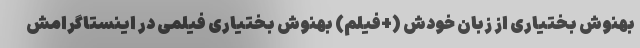
بهنوش بختیاری از زبان خودش (+فیلم) بهنوش بختیاری فیلمی در اینستاگرامش